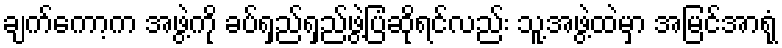
ချက်ကော့က အဖွဲ့ကို ခပ်ရှည်ရှည်ဖွဲ့ပြံဆိုရင်လည်း သူ့အဖွဲ့ထဲမှာ အမြင်အာရုံ